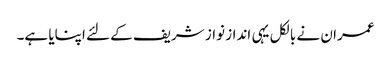
عمران نے بالکل یہی انداز نواز شریف کے لئے اپنایا ہے۔